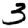
Digit: 3